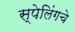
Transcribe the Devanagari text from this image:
स्पेलिंगचे